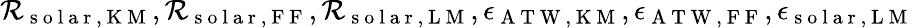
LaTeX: \mathcal{R}_{\mathrm{{~s~o~l~a~r~,~K~M~}}},\mathcal{R}_{\mathrm{{~s~o~l~a~r~,~F~F~}}},\mathcal{R}_{\mathrm{{~s~o~l~a~r~,~L~M~}}},\epsilon_{\mathrm{{~A~T~W~,~K~M~}}},\epsilon_{\mathrm{{~A~T~W~,~F~F~}}},\epsilon_{\mathrm{{~s~o~l~a~r~,~L~M~}}}